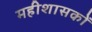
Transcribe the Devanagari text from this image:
महीशासकों